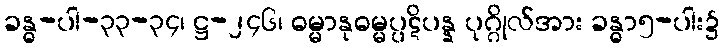
ခန္ဓ-ပါ-၃၃-၃၄၊ ဋ္ဌ-၂၄၆၊ ဓမ္မာနုဓမ္မပ္ပဋိပန္န ပုဂ္ဂိုလ်အား ခန္ဓာ၅-ပါး၌